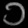
Digit: ၁